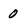
Character: 0